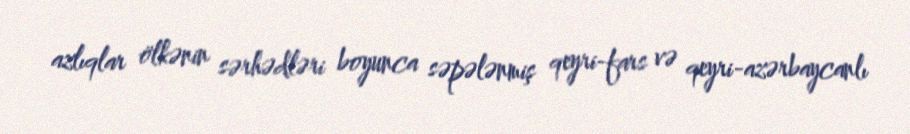
azlıqlar ölkənin sərhədləri boyunca səpələnmiş qeyri-fars və qeyri-azərbaycanlı